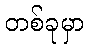
တစ်ခုမှာ